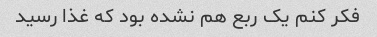
فکر کنم یک ربع هم نشده بود که غذا رسید